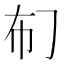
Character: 𱜡